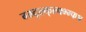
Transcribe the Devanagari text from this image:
ग्म्द्ल्क्ल्फ्भ्म्फश्र